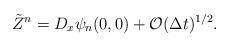
LaTeX: \begin{align*}\tilde{Z}^{n}=D_{x}\psi_{n}(0,0)+\mathcal{O}(\Delta t)^{1/2}.\end{align*}